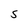
Character: S